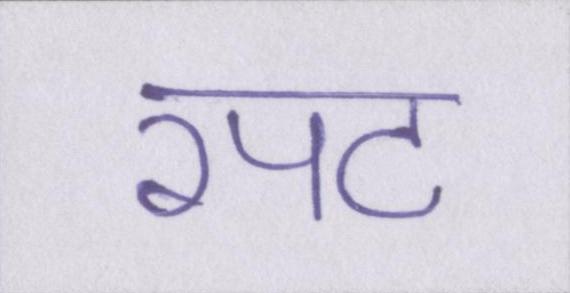
रपट